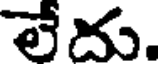
లేదు.